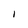
Character: I